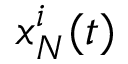
x _ { N } ^ { i } ( t )